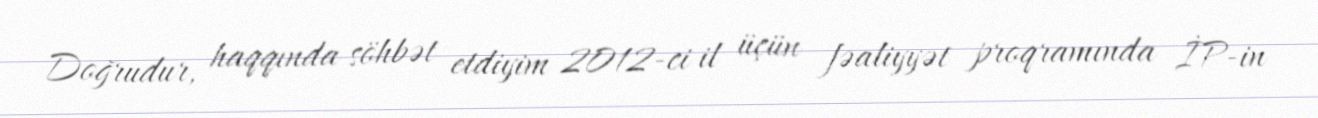
Doğrudur, haqqında söhbət etdiyim 2012-ci il üçün fəaliyyət proqramında İP-in